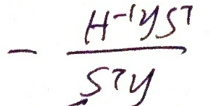
\[
-\frac{H^{-1}yS^{\top}}{S^{\top}y}
\]